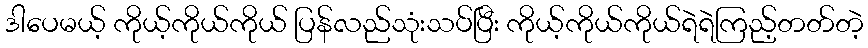
ဒါပေမယ့် ကိုယ့်ကိုယ်ကိုယ် ပြန်လည်သုံးသပ်ပြီး ကိုယ့်ကိုယ်ကိုယ်ရဲရဲကြည့်တတ်တဲ့